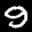
Label: 9